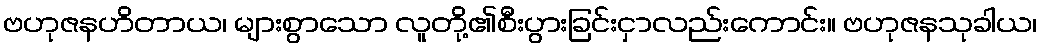
ဗဟုဇနဟိတာယ၊ များစွာသော လူတို့၏စီးပွားခြင်းငှာလည်းကောင်း။ ဗဟုဇနသုခါယ၊